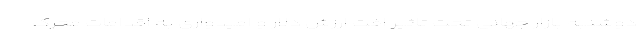
دوشنبه بازار جهانی تحت تاثیر افت ارزش دلار و امیدواری به اقدامات محرک